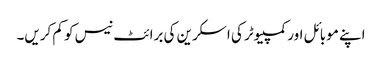
اپنے موبائل اور کمپیوٹر کی اسکرین کی برائٹ نیس کو کم کریں۔